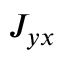
J _ { y x }